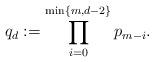
LaTeX: \begin{align*}q_d := \prod_{i=0}^{\min\{m,d-2\}} p_{m-i}.\end{align*}